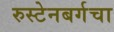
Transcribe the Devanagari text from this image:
रुस्टेनबर्गचा